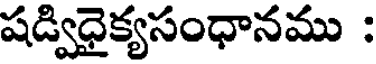
షడ్విధైక్యసంధానము :